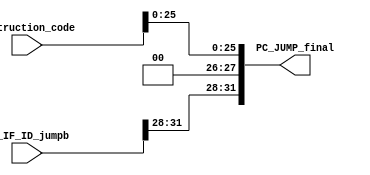
`timescale 1ns / 1ps
//////////////////////////////////////////////////////////////////////////////////
// Company: 
// Engineer: 
// 
// Design Name: 
// Module Name: Jump_file
// Project Name: 
// Target Devices: 
// Tool Versions: 
// Description: 
// 
// Dependencies: 
// 
// Revision:
// Revision 0.01 - File Created
// Additional Comments:
// 
//////////////////////////////////////////////////////////////////////////////////


module Jump_file(
    input [31:0] Instruction_code,
    input [31:0] PC_IF_ID_jumpb,
    
    output [31:0] PC_JUMP_final
    );
    
    assign PC_JUMP_final[31:0] = {PC_IF_ID_jumpb[31:28],2'b00, Instruction_code[25:0]};
endmodule